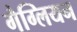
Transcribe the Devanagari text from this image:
गैग्लियन